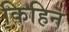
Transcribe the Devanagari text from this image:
किहिन